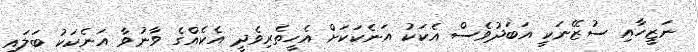
ނަޒީހާއި ސުޒޭނަކީ އަބަދުވެސް އެކަކު އަނެކަކަށް އެހީތެރިވެދީ އެކެއްގެ ވާނުވާ އަނެކަކު ބަލައި